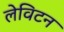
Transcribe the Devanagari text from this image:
लेविटन